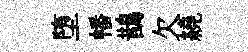
堕幡鵲欠繞